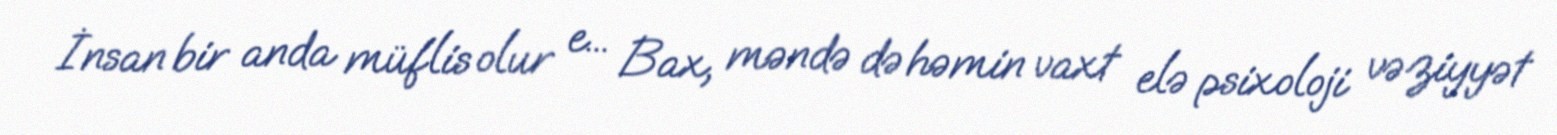
İnsan bir anda müflis olur e... Bax, məndə də həmin vaxt elə psixoloji vəziyyət